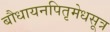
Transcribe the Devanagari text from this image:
बौधायनपितृमेधसूत्र